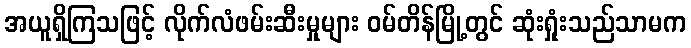
အယူရှိကြသဖြင့် လိုက်လံဖမ်းဆီးမှုများ ဝမ်တိန်မြို့တွင် ဆုံးရှုံးသည်သာမက